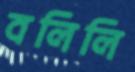
বলিলি